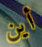
أين